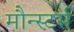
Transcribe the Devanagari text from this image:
मौन्स्टर्स